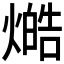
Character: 𤏔